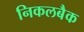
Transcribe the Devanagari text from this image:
निकलबैक